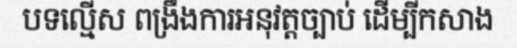
បទល្មើស ពង្រឹងការអនុវត្តច្បាប់ ដើម្បីកសាង